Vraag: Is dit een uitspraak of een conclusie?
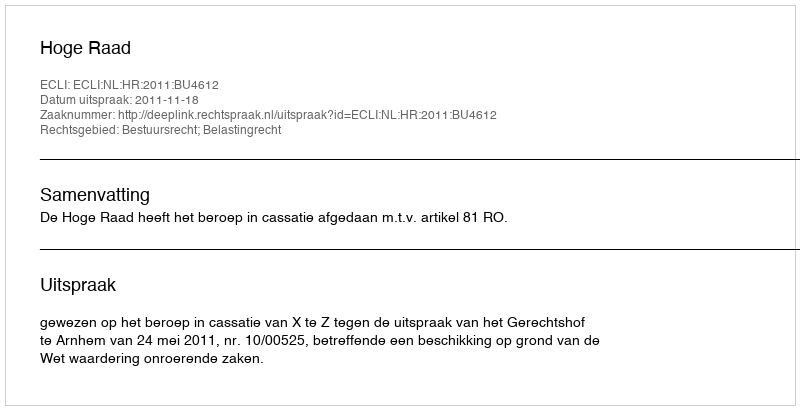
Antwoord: Uitspraak